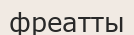
фреатты